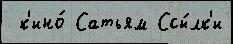
 к'ино́ Сатьям Ссы́лк'и